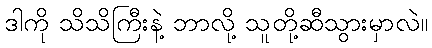
ဒါကို သိသိကြီးနဲ့ ဘာလို့ သူတို့ဆီသွားမှာလဲ။